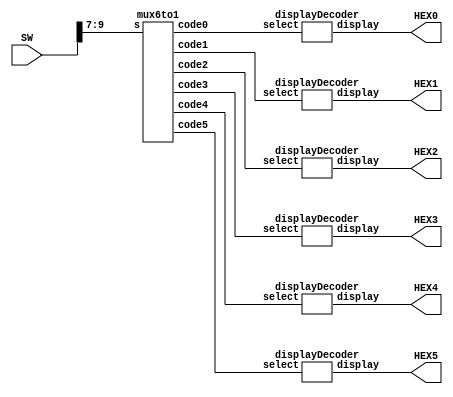
/*
Oscar Reyes-Sanchez
Lab2 part a
Scroll a 4 letter word across the seven segment display
Depends on the switch inputs
The word is OARS
*/

module Lab_2a (SW, HEX0, HEX1, HEX2, HEX3, HEX4, HEX5);
	input [9:0] SW;
	output [0:6] HEX0, HEX1, HEX2, HEX3, HEX4, HEX5;
	//output [9:0] LEDR = 10'b0;
	
	wire [2:0] select = SW[9:7];
	wire [2:0] code0, code1, code2, code3, code4, code5;
	
	mux6to1 mux (select, code0, code1, code2, code3, code4, code5); 
	
	

	displayDecoder zero 	(code0, HEX0);
	displayDecoder one 	(code1, HEX1);
	displayDecoder two 	(code2, HEX2);
	displayDecoder three (code3, HEX3);
	displayDecoder four	(code4, HEX4);
	displayDecoder five	(code5, HEX5);

endmodule

module mux6to1 (s, code0, code1, code2, code3, code4, code5);
	input [2:0] s;
	output reg [2:0] code0, code1, code2, code3, code4, code5;
	
	always @ (s)
		case (s) 
			3'b000: 	begin
							code0= 3'b100;
							code1= 3'b011;
							code2= 3'b010;
							code3= 3'b001;
							code4= 3'b000;
							code5= 3'b000;
					end
			3'b001: 	begin
							code0= 3'b000;
							code1= 3'b100;
							code2= 3'b011;
							code3= 3'b010;
							code4= 3'b001;
							code5= 3'b000;
					end
			3'b010: 	begin
							code0= 3'b000;
							code1= 3'b000;
							code2= 3'b100;
							code3= 3'b011;
							code4= 3'b010;
							code5= 3'b001;
					end 
			3'b011:	begin
							code0= 3'b001;
							code1= 3'b000;
							code2= 3'b000;
							code3= 3'b100;
							code4= 3'b011;
							code5= 3'b010;
					end
			3'b100: 	begin
							code0= 3'b010;
							code1= 3'b001;
							code2= 3'b000;
							code3= 3'b000;
							code4= 3'b100;
							code5= 3'b011;
					end
			3'b101:	begin
							code0= 3'b011;
							code1= 3'b010;
							code2= 3'b001;
							code3= 3'b000;
							code4= 3'b000;
							code5= 3'b100;
					end
			default:	begin
							code0= 3'b000;
							code1= 3'b000;
							code2= 3'b000;
							code3= 3'b000;
							code4= 3'b000;
							code5= 3'b000;
					end
		endcase
endmodule

module displayDecoder (select, display);
	input [2:0] select;
	output reg [0:6] display;


	/*
	 *       0  
	 *      ---  
	 *     |   |
	 *    5|   |1
	 *     | 6 |
	 *      ---  
	 *     |   |
	 *    4|   |2
	 *     |   |
	 *      ---  
	 *       3  
	 */

	always @ (select)
		case (select) 
			3'b000: display = 7'b1111111; //blank
			3'b001: display = 7'b0000001;	//O
			3'b010: display = 7'b0001000;	//A
			3'b011: display = 7'b1111010;	//R
			3'b100: display = 7'b0100100;	//S
			default: display = 7'b1111111;//blank
		endcase
endmodule